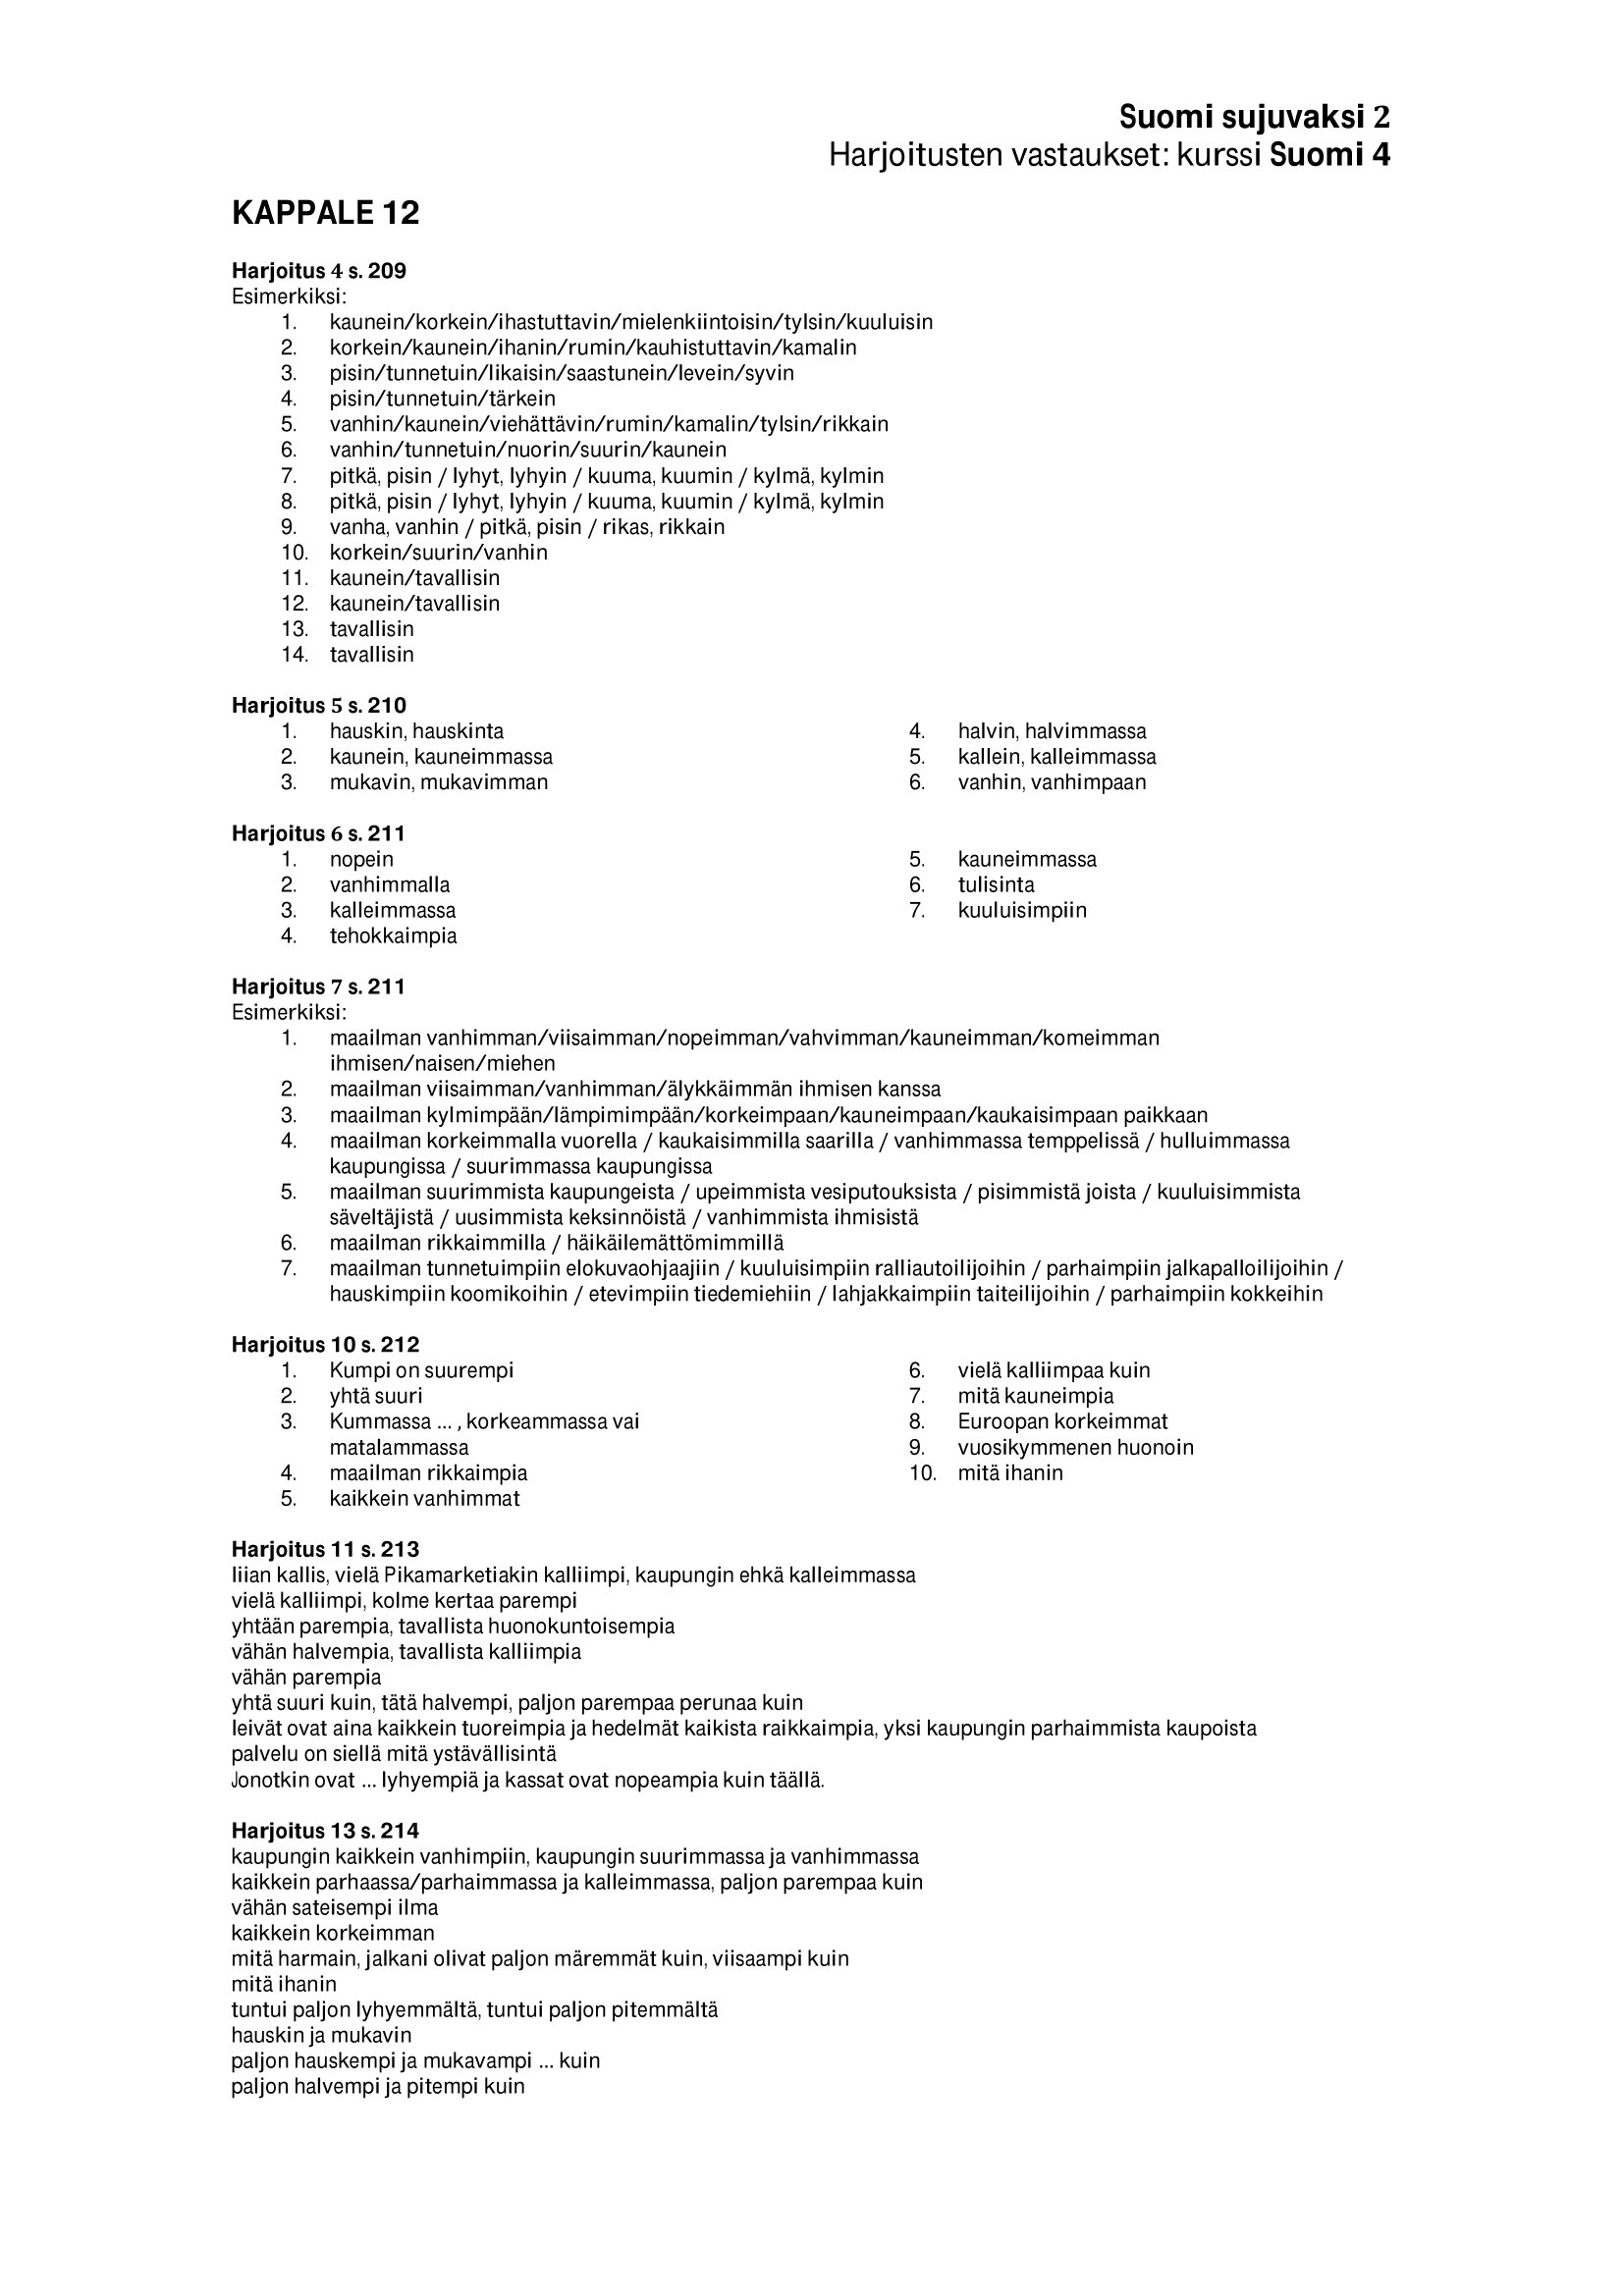
Language: fn